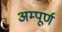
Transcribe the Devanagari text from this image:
अम्पूर्ण